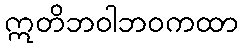
ဣတိဘဝါဘဝကထာ